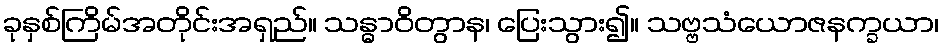
ခုနှစ်ကြိမ်အတိုင်းအရှည်။ သန္ဓာဝိတွာန၊ ပြေးသွား၍။ သဗ္ဗသံယောဇနက္ခယာ၊